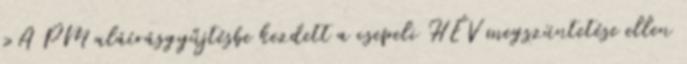
›A PM aláírásgyűjtésbe kezdett a csepeli HÉV megszüntetése ellen